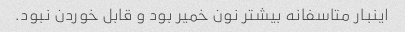
اینبار متاسفانه بیشتر نون خمیر بود و قابل خوردن نبود.